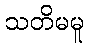
သတိမမူ